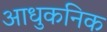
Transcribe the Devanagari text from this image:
आधुकनिक